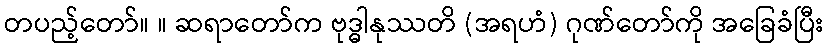
တပည့်တော်။ ။ ဆရာတော်က ဗုဒ္ဓါနုဿတိ (အရဟံ) ဂုဏ်တော်ကို အခြေခံပြီး